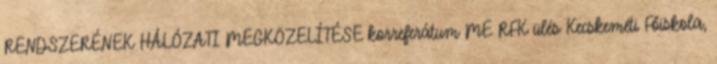
RENDSZERÉNEK HÁLÓZATI MEGKÖZELÍTÉSE korreferátum ME RFK ülés Kecskeméti Főiskola,